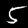
Digit: 5